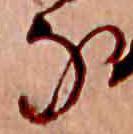
な